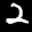
Label: 2